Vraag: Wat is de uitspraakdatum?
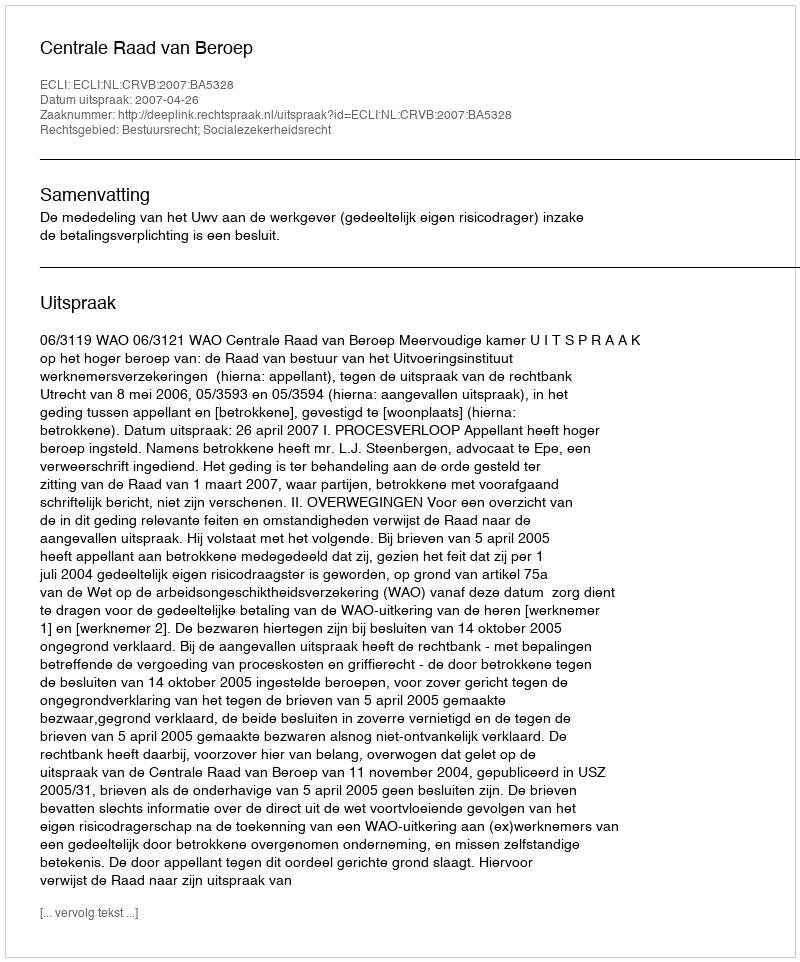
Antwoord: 2007-04-26